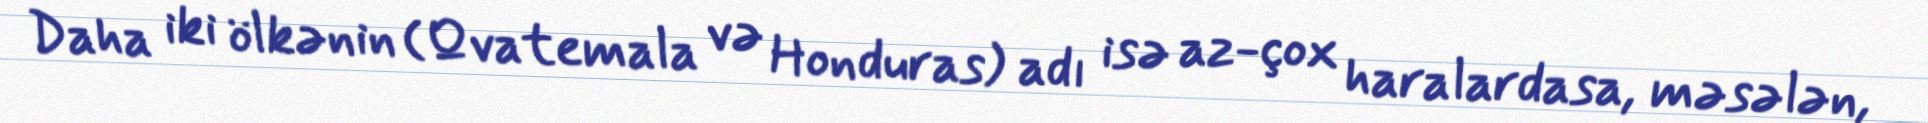
Daha iki ölkənin (Qvatemala və Honduras) adı isə az-çox haralardasa, məsələn,